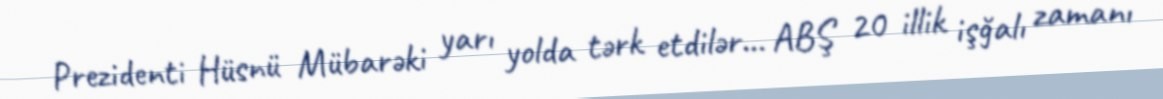
Prezidenti Hüsnü Mübarəki yarı yolda tərk etdilər... ABŞ 20 illik işğalı zamanı